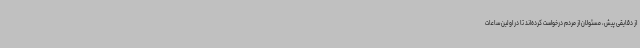
از دقایقی پیش، مسئولان از مردم درخواست کرده‌اند تا در اولین ساعات